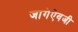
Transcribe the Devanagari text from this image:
जागेऐवजी